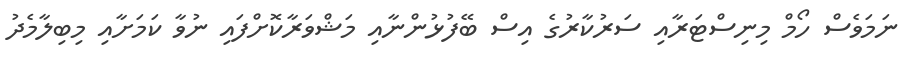
ނަމަވެސް ހޯމް މިނިސްޓަރާއި ސަރުކާރުގެ އިސް ބޭފުޅުންނާއި މަޝްވަރާކޮށްފައި ނުވާ ކަމަށާއި މިބިލާމެދު